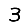
Digit: 3